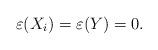
LaTeX: \begin{align*}\varepsilon (X_i) = \varepsilon ( Y ) = 0. \end{align*}